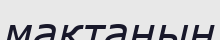
мақтаның